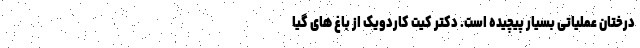
درختان عملیاتی بسیار پیچیده است. دکتر کِیت کاردویک از باغ های گیا